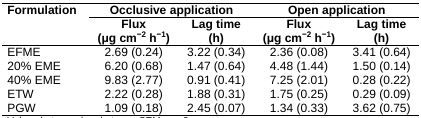
<table><thead><tr><td><b>Formulation</b></td><td colspan="2"><b>Occlusive application</b></td><td colspan="2"><b>Open application</b></td></tr><tr><td></td><td><b>Flux (μg cm<sup>−2</sup> h<sup>−1</sup>)</b></td><td><b>Lag time (h)</b></td><td><b>Flux (μg cm<sup>−2</sup> h<sup>−1</sup>)</b></td><td><b>Lag time (h)</b></td></tr></thead><tbody><tr><td>EFME</td><td>2.69 (0.24)</td><td>3.22 (0.34)</td><td>2.36 (0.08)</td><td>3.41 (0.64)</td></tr><tr><td>20% EME</td><td>6.20 (0.68)</td><td>1.47 (0.64)</td><td>4.48 (1.44)</td><td>1.50 (0.14)</td></tr><tr><td>40% EME</td><td>9.83 (2.77)</td><td>0.91 (0.41)</td><td>7.25 (2.01)</td><td>0.28 (0.22)</td></tr><tr><td>ETW</td><td>2.22 (0.28)</td><td>1.88 (0.31)</td><td>1.75 (0.25)</td><td>0.29 (0.09)</td></tr><tr><td>PGW</td><td>1.09 (0.18)</td><td>2.45 (0.07)</td><td>1.34 (0.33)</td><td>3.62 (0.75)</td></tr></tbody></table>